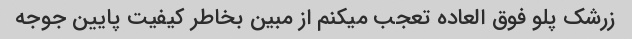
زرشک پلو فوق العاده تعجب میکنم از مبین بخاطر کیفیت پایین جوجه